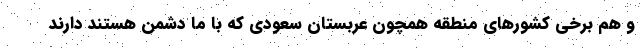
و هم برخی کشورهای منطقه همچون عربستان سعودی که با ما دشمن هستند دارند